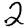
Digit: 2